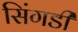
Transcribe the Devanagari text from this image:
सिंगडी